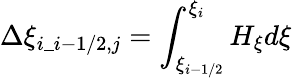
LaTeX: \displaystyle\Delta\xi_{i\_ i-1/2,j}=\int_{\xi_{i-1/2}}^{\xi_{i}}H_{\xi}d\xi